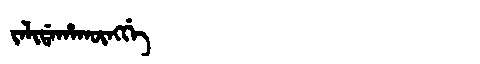
Manchu: ᠵᠠᠯᡳᡩᠠᡥᠠᡴᡡᠩᡤᡝ
Romanization: JALIDAHAKŪNGGE